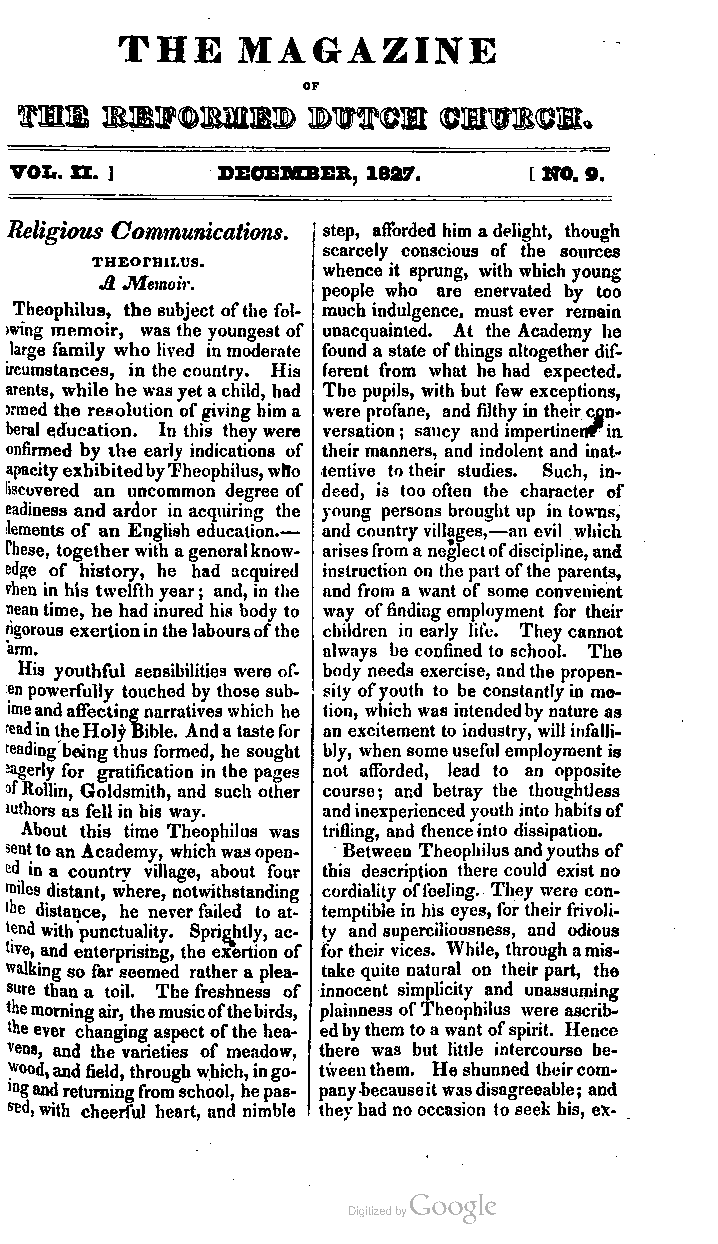
THE     MAGAZINE
 OTM   mW»M»        BWTOH    OTWEOT*
 VOX.. II. ]  DECEMBER, 1827.      [ NO. 9.
 Religious Communications. step, afforded him adelight, though
 scarcely conscious of the sources
 THEormi.us.
 whence it sprung, with which young
 A JWemoir.
 people who are enervated by too
 Theophilus, the subject ofthe fol- much indulgence, must ever remain
 wing memoir, was the youngest of unacquainted. At the Academy he
 large family who lived in moderate found a state ofthings altogether dif
 ircumstances, in the country. His ferent from what he had expected.
 arents, while he wasyetachild, had The pupils, with but few exceptions,
 Jrmed the resolution ofgiving him a were profane, and filthy in theircon
 beral education. In this they were versation; saucy and impertinent in
 onfirmed by the early indications of theirmanners, and indolent and inat
 apacityexhibitedbyTheophilus,who tentive totheir studies. Such, in
 liscovered an uncommon degree of deed, is too often the character of
 eadiness and ardor in acquiring the young persons brought up in towns,
 dements of an English education.— and country villages,—an evil which
 These, togetherwith ageneralknow- arisesfroma neglectofdiscipline,and
 edge of history, he had acquired instruction on the partofthe parents,
 vhen in his twelfthyear; and, in the and from a want of some convenient
 neantime, he had inured his body to way offinding employment for their
 rigorous exertioninthelaboursofthe children in early life. They cannot
 arm.                 always be confined to school. The
 His youthful sensibilities were of- body needs exercise, andthe propen
 enpowerfully touched by those sub- sity ofyouth to be constantlyin mo-
 imeandaffectingnarrativeswhich he lion, which was intendedbynature as
 eadintheHolyBible. Andatastefor an excitement to industry, willinfalli
 reading beingthus formed, he sought bly, when someuseful employmentis
 eagerly for gratification in the pages not afforded, lead to an opposite
 °fRollin, Goldsmith, and such other course; and betray the thoughtless
 luthors as fellin his way. andinexperiencedyouth into habitsof
 About this time Theophilus was trifling, and thenceinto dissipation.
 senttoanAcademy, whichwasopen Between Theophilusandyouths of
 ed in a country village, about four this description there could exist no
 miles distant, where, notwithstanding cordiality offeeling. They were con
 Ihe distance, he neverfailed to at temptible in his eyes, for their frivoli
 tendwith punctuality. Sprightly, ac- ty and superciliousness, and odious
 "ve, and enterprising, the exertion of fortheir vices. While, throughamis
 walking so far seemed rather a plea take quite natural on their part, the
 sure than a toil. The freshness of innocent simplicity and unassuming
 themorningair, themusicofthebirds, plainness ofTheophilus were ascrib
 theever changing aspect ofthe hea edbythem toa wantofspirit. Hence
 vens, and the varieties of meadow, there was but little intercourse be
 wood,andfield,throughwhich,ingo- tweenthem. Heshunned theircom
 lngandreturningfromschool, hepas- panybecauseitwasdisagreeable; and
 SBtl,with cheerful heart, and nimble thevhad nooccasion to seek his, ex-